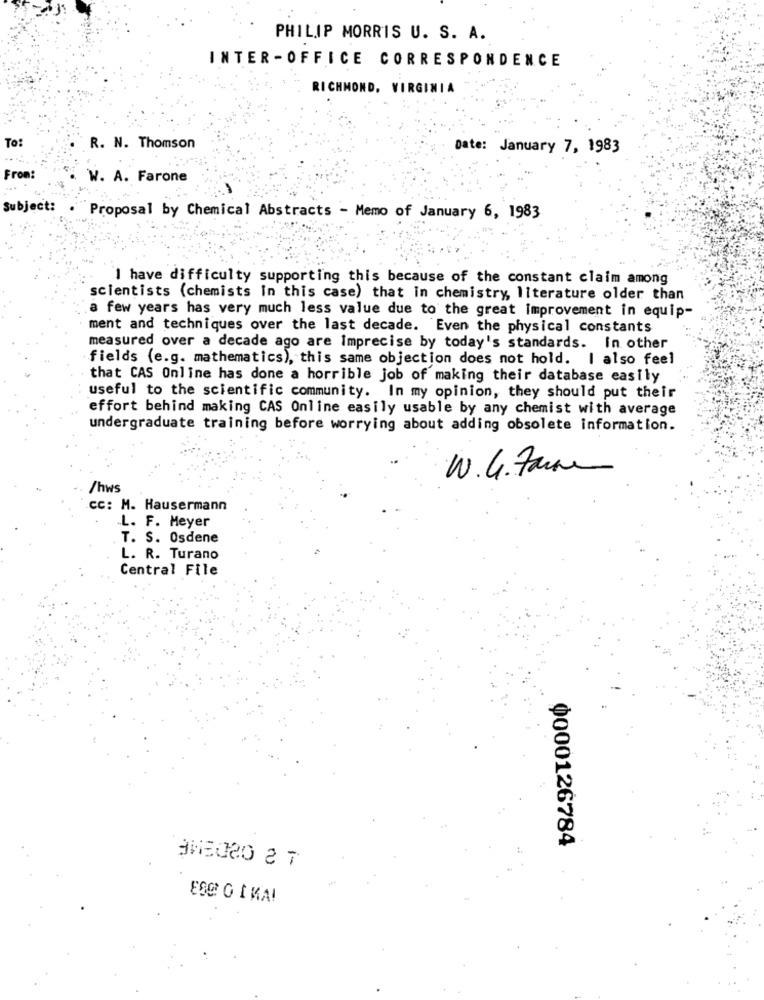
PHILIP MORRIS U. S. A.
INTER -OFFICE CORRESPONDENCE
RICHMOND, VIRGINIA
To:
R. N. Thomson
Date: January 7, 1983
From:
W. A. Farone
Subject: . Proposal by Chemical Abstracts - Memo of January 6, 1983
I have difficulty supporting this because of the constant claim among
scientists (chemists In this case) that in chemistry, literature older than
a few years has very much less value due to the great improvement in equip-
ment and techniques over the last decade. Even the physical constants
measured over a decade ago are Imprecise by today's standards. In other
fields (e.g. mathematics), this same objection does not hold. I also feel
that CAS Online has done a horrible job of making their database easily
useful to the scientific community. In my opinion, they should put their
effort behind making CAS Online easily usable by any chemist with average
undergraduate training before worrying about adding obsolete information.
W. G. Faire
/hws
cc: M. Hausermann
L. F. Meyer
T. S. Osdene
L. R. Turano
Central File
Ф000126784
ES@ O IKA!